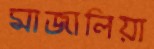
মাজালিয়া